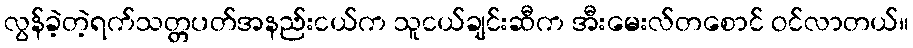
လွန်ခဲ့တဲ့ရက်သတ္တပတ်အနည်းငယ်က သူငယ်ချင်းဆီက အီးမေးလ်တစောင် ဝင်လာတယ်။